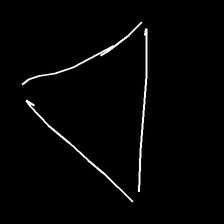
Glyph: convergence